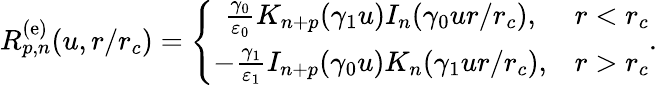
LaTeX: R_{p,n}^{\mathrm{(e)}}(u,r/r_{c})=\left\{ \begin{array}{cc}{\frac{\gamma_{0}}{\varepsilon_{0}}K_{n+p}(\gamma_{1}u)I_{n}(\gamma_{0}ur/r_{c}),}&{r<r_{c}}\\ {-\frac{\gamma_{1}}{\varepsilon_{1}}I_{n+p}(\gamma_{0}u)K_{n}(\gamma_{1}ur/r_{c}),}&{r>r_{c}}\end{array}\right..